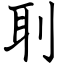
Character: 刵